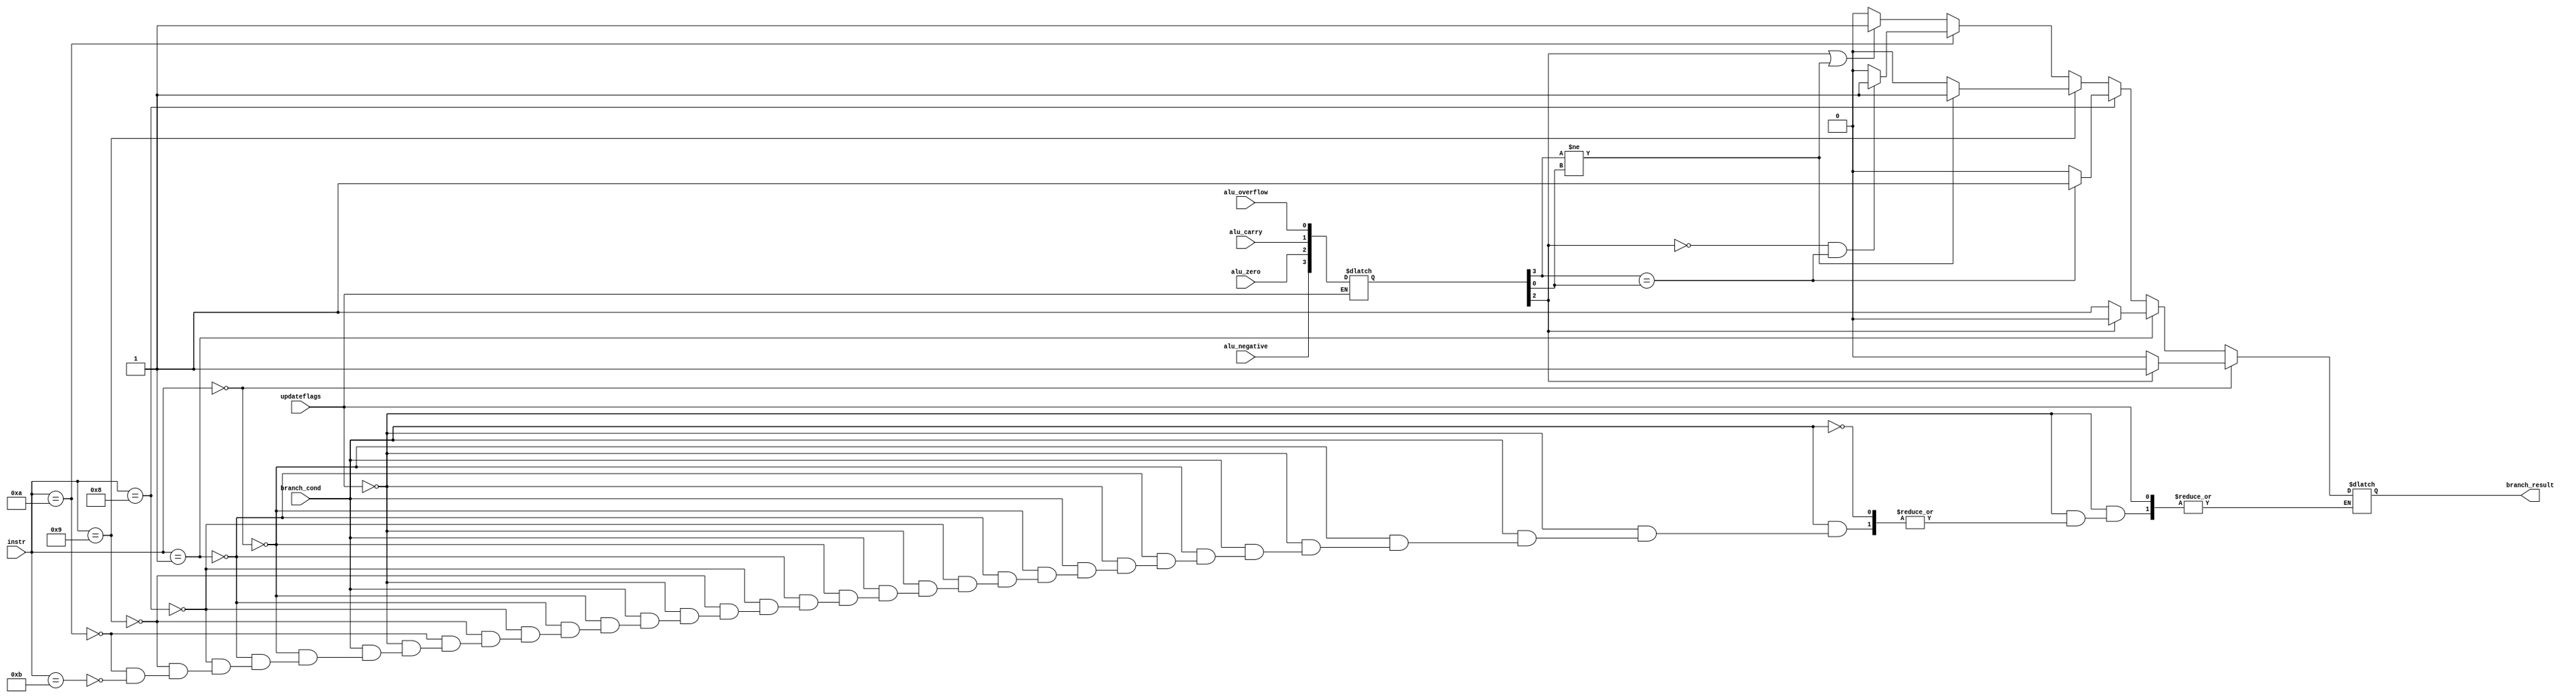
`timescale 1ns / 1ps
//////////////////////////////////////////////////////////////////////////////////
/*
Design da CPU LEG_V8 Single-Cycle.
Disciplina: TI0148 - Sistemas Embarcados
Mdulo: cond_flags.v
Funo: Mdulo de Controle
Grupo Responsvel: Marcus Vincius, Pablo Grisi e Lucas Ribeiro
*/
//////////////////////////////////////////////////////////////////////////////////


module cond_flags(
    input [4:0] instr,
    input alu_zero,
    input alu_negative,
    input alu_overflow,
    input alu_carry,
    input updateflags,
    input branch_cond,
    
    output reg branch_result
    );
    
    reg [3:0] flags; //NZCV
    
    always @ (updateflags & branch_cond) begin
        //Se for para atualizar as flags, atualizamos as flags armazenadas com os inputs
        if (updateflags == 1) begin  
        
            flags[3] <= alu_negative;
            flags[2] <= alu_zero;
            flags[1] <= alu_carry; 
            flags[0] <= alu_overflow;
            
        end 
        //Se for para realizar a comparao:
        else if (branch_cond == 1) begin
            //B.EQ - Z==1
            if (instr == 5'b00000) begin
                if (flags[2] == 1) begin
                    branch_result = 1;
                end
                else begin
                    branch_result = 0;
                end
            end
            
            //B.NE - Z==0
            else if (instr == 5'b00001) begin
                if (flags[2] == 0) begin
                    branch_result = 1;
                end
                else begin
                    branch_result = 0;
                end                                
            end
            
            //B.GE - N==V
            else if (instr == 5'b01000) begin
                if (flags[3] == flags[0]) begin
                    branch_result = 1;
                end           
                else begin
                    branch_result = 0;
                end                 
            end            
            
            //B.LT - N!=V
            else if (instr == 5'b01001) begin
                if (flags[3] != flags[0]) begin
                    branch_result = 1;
                end           
                else begin
                    branch_result = 0;
                end             
            end
            
            //B.GT - Z==0 && N==V
            else if (instr == 5'b01010) begin
                if ((flags[2] == 0) & (flags[3] == flags[0])) begin
                    branch_result = 1;
                end           
                else begin
                    branch_result = 0;
                end             
            end                        
            
            //B.LE - !((Z==0) && (N==V)) 
            else if (instr == 5'b01011) begin
                if ((flags[2] != 0) | (flags[3] != flags[0])) begin
                    branch_result = 1;
                end            
                else begin
                    branch_result = 0;
                end
            end      
              
        end
    end
    
endmodule